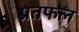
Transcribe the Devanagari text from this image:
प्रतफल